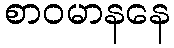
စာဝမာနနေ